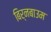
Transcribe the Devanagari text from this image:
बिर्नबाउम